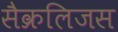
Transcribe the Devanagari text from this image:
सैक्रलिजस